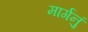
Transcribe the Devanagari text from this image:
मार्गनुं